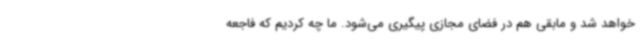
خواهد شد و مابقی هم در فضای مجازی پیگیری می‌شود. ما چه کردیم که فاجعه